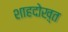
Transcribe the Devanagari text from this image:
शाहदोख़्त